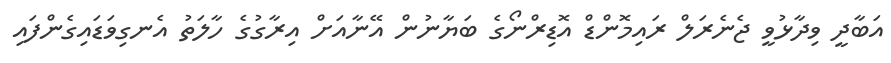
އަބާދީ ވިދާޅުވީ ޖެނެރަލް ރައިމޮންޑް އޮޑިރްނޯގެ ބަޔާނުން އޭނާއަށް އިރާގުގެ ހާލަތު އެނގިވަޑައިގެންފައި